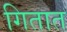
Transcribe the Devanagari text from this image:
गितात